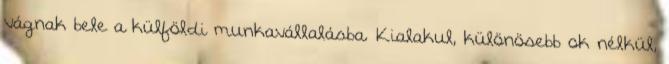
vágnak bele a külföldi munkavállalásba. Kialakul, különösebb ok nélkül,